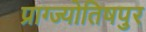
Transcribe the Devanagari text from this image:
प्राग्ज्योतिषपुर